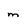
Character: m